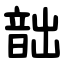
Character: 韷